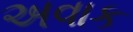
અવાક